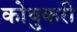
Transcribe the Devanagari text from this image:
कोथुकरी